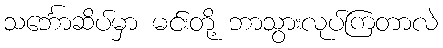
သင်္ဘောဆိပ်မှာ မင်းတို့ ဘာသွားလုပ်ကြတာလဲ